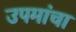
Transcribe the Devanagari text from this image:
उपमांचा